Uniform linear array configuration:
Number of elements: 8
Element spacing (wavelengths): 0.75
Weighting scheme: uniform
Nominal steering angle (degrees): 15
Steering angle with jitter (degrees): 14.643
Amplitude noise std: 0.05
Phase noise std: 0.05

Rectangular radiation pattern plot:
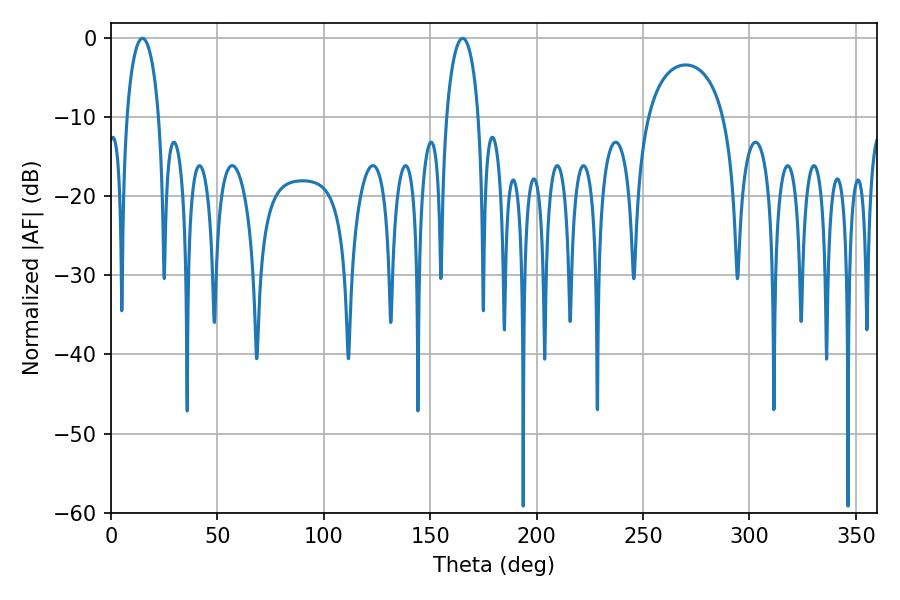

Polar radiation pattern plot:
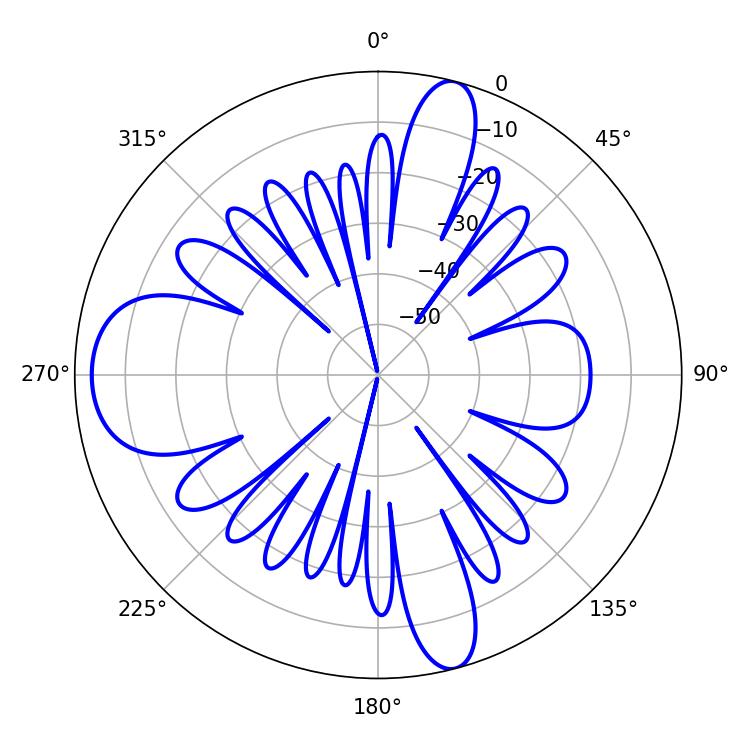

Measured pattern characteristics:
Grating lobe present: TRUE
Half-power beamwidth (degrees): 8.64
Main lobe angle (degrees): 165.24